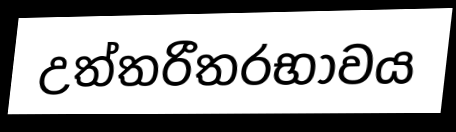
උත්තරීතරභාවය